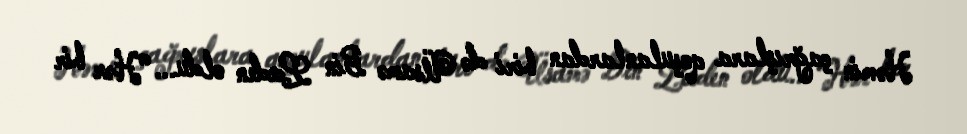
Həmin çağrışlara qoşulanlardan biri də Üsamə Bin Laden oldu... “Hər bir